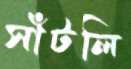
সাঁটলি